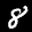
Digit: 8